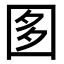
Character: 𡇘